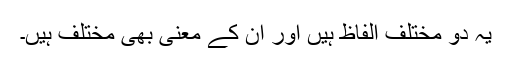
یہ دو مختلف الفاظ ہیں اور ان کے معنی بھی مختلف ہیں۔